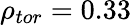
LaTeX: \rho_{tor}=0.33